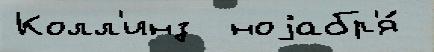
Колл'инз  ноjабр'я́